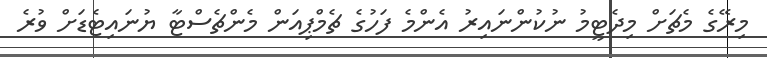
މިރޭގެ މެޗަށް މިދެޓީމު ނުކުންނައިރު އެންމެ ފަހުގެ ޗެމްޕިއަން މެންޗެސްޓާ ޔުނައިޓެޑަށް ވުރެ